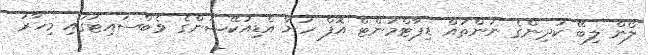
ލޯން ލިބޭ ކުދިންގެ ނަންތައް ޑިޕާޓްމަންޓް އޮފް ހަޔާ އެޑިއުކޭޝަންގެ ވެބްސައިޓުގައި މިހާރު